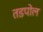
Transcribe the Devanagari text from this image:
तडपोल